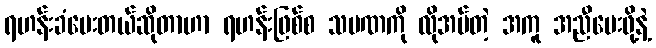
ရဟန်းခံပေးတယ်ဆိုတာဟာ ရဟန်းဖြစ်စ သမဏကို လိုအပ်တဲ့ အကူ အညီပေးဖို့နဲ့